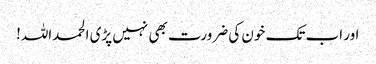
اور اب تک خون کی ضرورت بھی نہیں پڑی الحمداللہ!